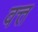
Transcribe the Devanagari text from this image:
वत्त